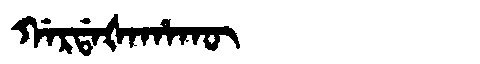
Manchu: ᡤᠠᡵᡩᠠᡧᠠᡥᠠᡴᡡ
Romanization: GARDAŠAHAKŪ